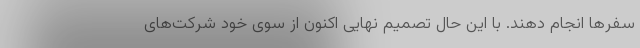
سفرها انجام دهند. با این حال تصمیم نهایی اکنون از سوی خود شرکت‌های